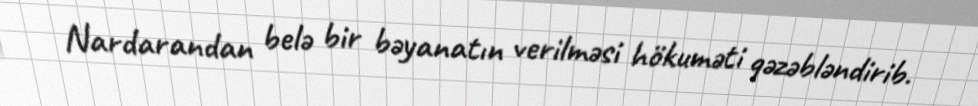
Nardarandan belə bir bəyanatın verilməsi hökuməti qəzəbləndirib.